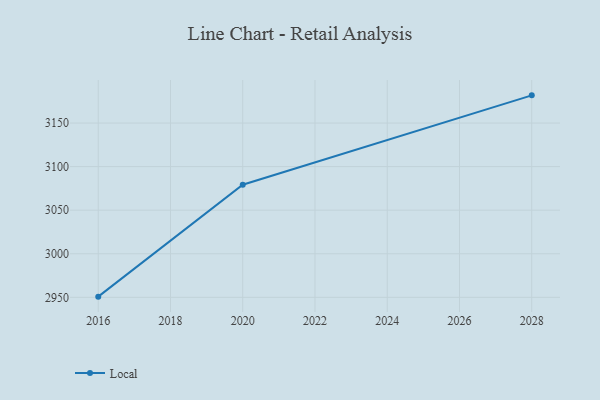
{"axis": {"x": "Year", "y": "Demand Index"}, "legend": ["Local"], "data": [{"x": "2028", "y": 3181.8, "type": "Local"}, {"x": "2020", "y": 3079.2, "type": "Local"}, {"x": "2016", "y": 2950.8, "type": "Local"}]}